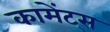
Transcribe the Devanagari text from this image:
कामेंट्स